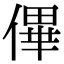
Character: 𠌫